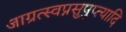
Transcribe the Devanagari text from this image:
जाग्रत्स्वप्नसुषुप्त्यादि